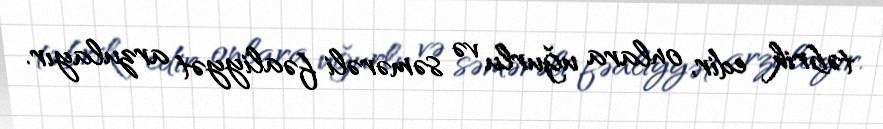
təbrik edir, onlara uğurlu və səmərəli fəaliyyət arzulayır.